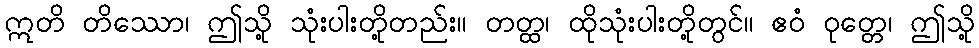
ဣတိ တိဿော၊ ဤသို့ သုံးပါးတို့တည်း။ တတ္ထ၊ ထိုသုံးပါးတို့တွင်။ ဧဝံ ဝုတ္တေ၊ ဤသို့